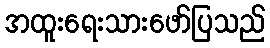
အထူးရေးသားဖော်ပြသည်